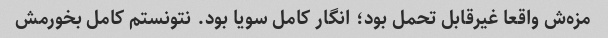
مزه‌ش واقعا غیرقابل تحمل بود؛ انگار کامل سویا بود. نتونستم کامل بخورمش